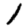
Digit: 1